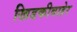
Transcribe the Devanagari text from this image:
खिडकीबाहेर